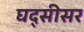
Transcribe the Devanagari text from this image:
घद्सीसर